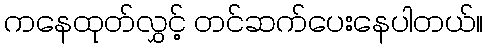
ကနေထုတ်လွှင့် တင်ဆက်ပေးနေပါတယ်။